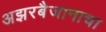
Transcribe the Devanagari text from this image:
अझरबैजानाचा